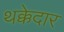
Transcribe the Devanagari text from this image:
थक्केदार